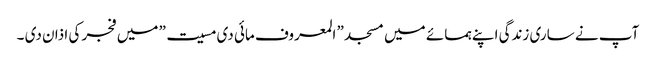
آپ نے ساری زندگی اپنے ہمسائے میں مسجد ” المعروف مائی دی مسیت” میں فجر کی اذان دی ۔